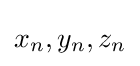
x_{n},y_{n},z_{n}